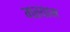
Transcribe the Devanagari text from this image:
मस्याम